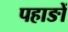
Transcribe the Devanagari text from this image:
पहाङों